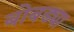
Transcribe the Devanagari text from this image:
बोबड्या